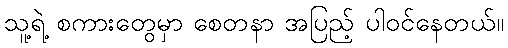
သူ့ရဲ့ စကားတွေမှာ စေတနာ အပြည့် ပါဝင်နေတယ်။